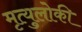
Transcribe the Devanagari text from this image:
मृत्युलोकीं